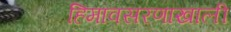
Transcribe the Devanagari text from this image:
हिमावसरणाखाली